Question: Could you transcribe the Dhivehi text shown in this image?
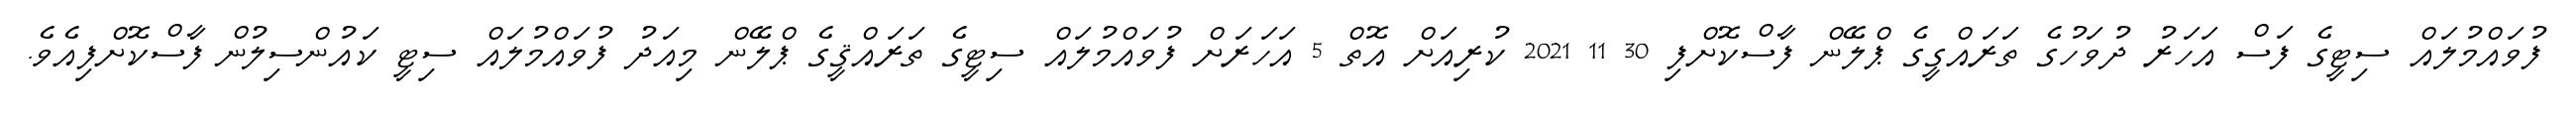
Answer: ފުވައްމުލައް ސިޓީގެ ފަސް އަހަރު ދުވަހުގެ ތަރައްގީގެ ޕްލޭން ފާސްކޮށްފި 30 11 2021 ކުރިއަށް އޮތް 5 އަހަރަށް ފުވައްމުލައް ސިޓީގެ ތަރައްޤީގެ ޕްލޭން މިއަދު ފުވައްމުލައް ސިޓީ ކައުންސިލުން ފާސްކޮށްފިއެވެ.